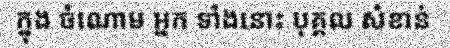
ក្នុង ចំណោម អ្នក ទាំងនោះ បុគ្គល សំខាន់